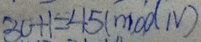
3 0 + 1 = 4 5 ( m o d N )